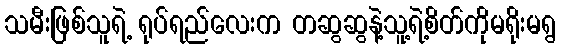
သမီးဖြစ်သူရဲ့ ရုပ်ရည်လေးက တဆွဆွနဲ့သူ့ရဲ့စိတ်ကိုမရိုးမရွ